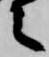
之